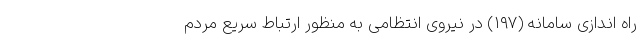
راه اندازی سامانه (۱۹۷) در نیروی انتظامی به منظور ارتباط سریع مردم